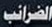
الضرائب